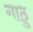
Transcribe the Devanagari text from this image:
गाठु